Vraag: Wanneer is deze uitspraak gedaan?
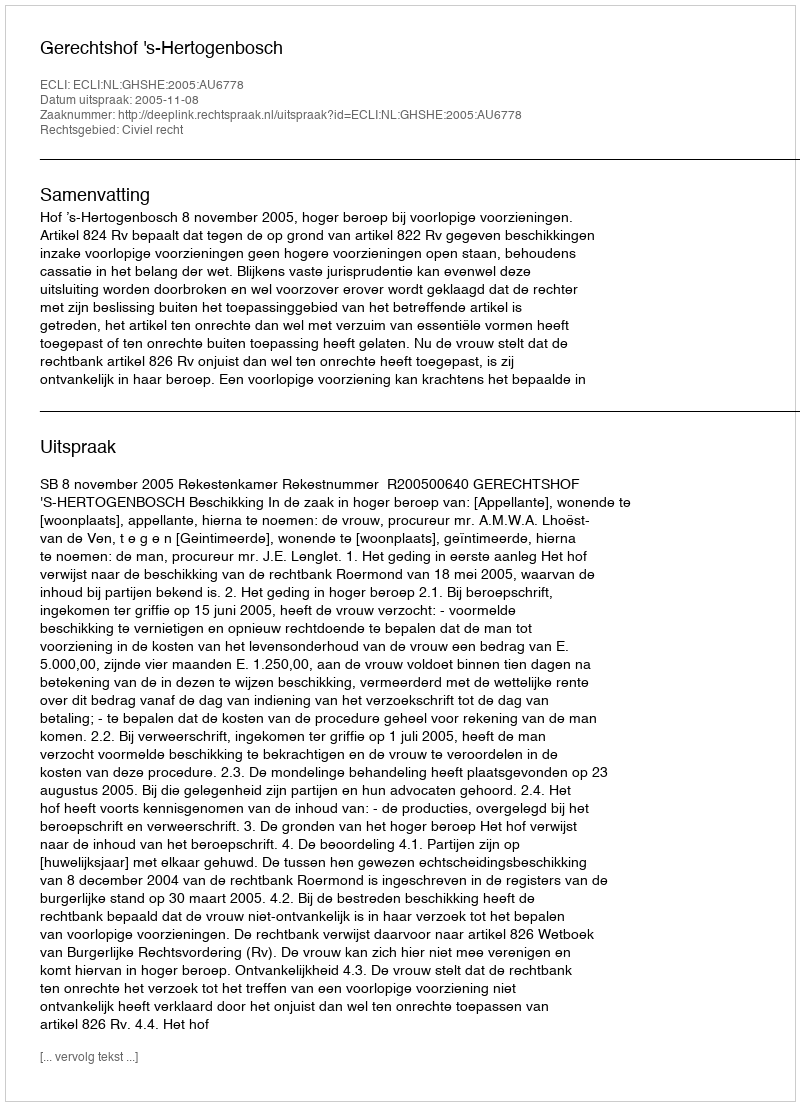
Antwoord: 2005-11-08